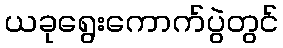
ယခုရွေးကောက်ပွဲတွင်